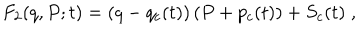
F _ { 2 } ( q , P ; t ) = \left( q - q _ { c } ( t ) \right) \left( P + p _ { c } ( t ) \right) + S _ { c } ( t ) \; ,